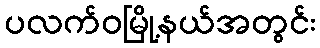
ပလက်ဝမြို့နယ်အတွင်း